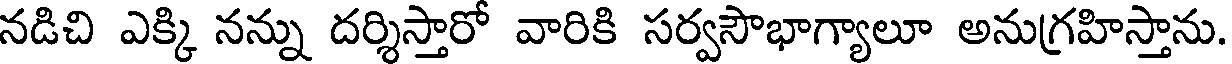
నడిచి ఎక్కి నన్ను దర్శిస్తారో వారికి సర్వసౌభాగ్యాలూ అనుగ్రహిస్తాను.